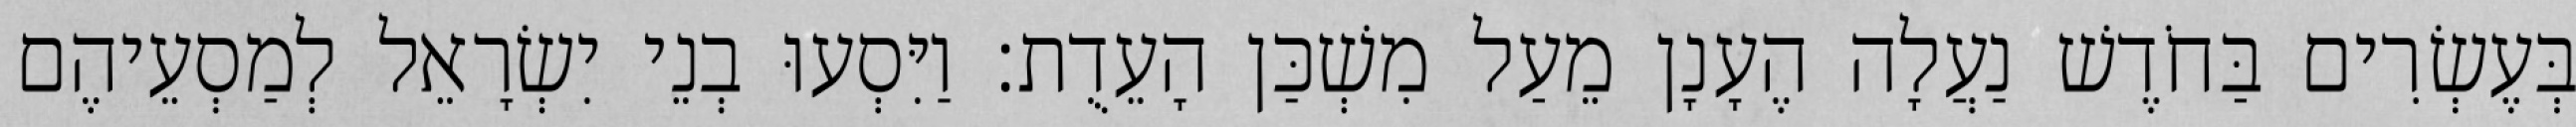
בְּעֶשְׂרִים בַּחֹדֶשׁ נַעֲלָה הֶעָנָן מֵעַל מִשְׁכַּן הָעֵדֻת׃ וַיִּסְעוּ בְנֵי יִשְׂרָאֵל לְמַסְעֵיהֶם